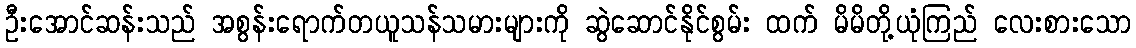
ဦးအောင်ဆန်းသည် အစွန်းရောက်တယူသန်သမားများကို ဆွဲဆောင်နိုင်စွမ်း ထက် မိမိတို့ယုံကြည် လေးစားသော